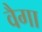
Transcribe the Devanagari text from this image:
वैगा